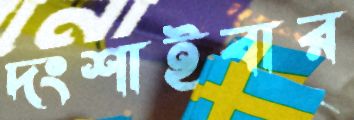
দংশাইবার